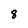
Character: 8